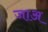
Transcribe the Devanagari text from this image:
जाअ